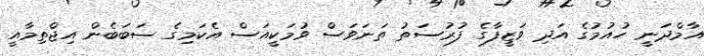
އާމްދަނީ ހުއުމުގެ އަދި ވަޒީފާގެ ފުރުސަތު ތަނަވަސް ވުމަކީއަސް އެކަމިގެ ސަބަބެން އިޖްތިމާއީ